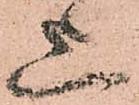
上